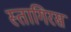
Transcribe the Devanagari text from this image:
स्तागिरस